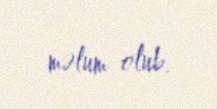
məlum olub.